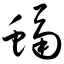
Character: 蝠